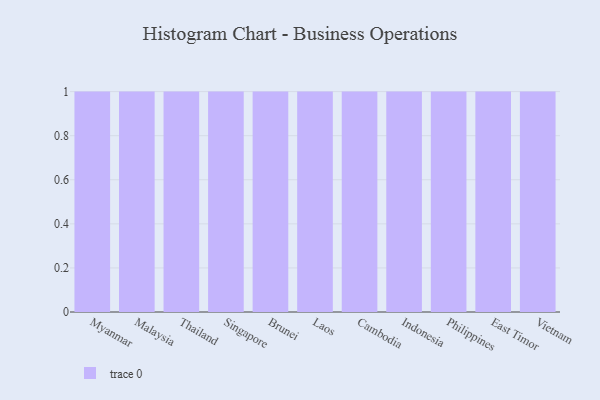
{"axis": {"x": "Country", "y": "Demand Index"}, "legend": [""], "data": [{"x": "Myanmar", "y": 68, "type": ""}, {"x": "Malaysia", "y": 86, "type": ""}, {"x": "Thailand", "y": 50, "type": ""}, {"x": "Singapore", "y": 8, "type": ""}, {"x": "Brunei", "y": 59, "type": ""}, {"x": "Laos", "y": 85, "type": ""}, {"x": "Cambodia", "y": 98, "type": ""}, {"x": "Indonesia", "y": 32, "type": ""}, {"x": "Philippines", "y": 5, "type": ""}, {"x": "East Timor", "y": 9, "type": ""}, {"x": "Vietnam", "y": 11, "type": ""}]}